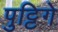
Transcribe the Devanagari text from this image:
पुट्टिगे